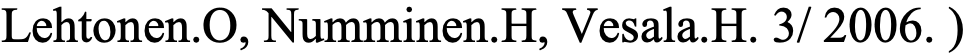
Lehtonen.O, Numminen.H, Vesala.H. 3/ 2006. )